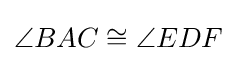
\angle BAC\cong \angle EDF